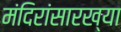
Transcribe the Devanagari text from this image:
मंदिरांसारख्या